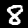
Digit: 8